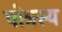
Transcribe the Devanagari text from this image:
पोत्रस्य